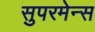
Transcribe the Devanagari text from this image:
सुपरमेन्स